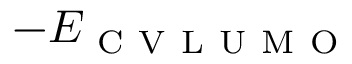
- E _ { \mathrm { ~ C ~ V ~ L ~ U ~ M ~ O ~ } }